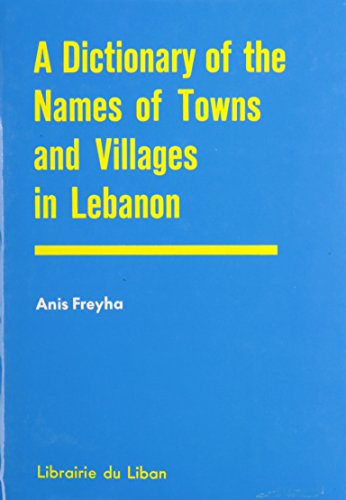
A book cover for Dictionary of the Names of Towns and Villages in Lebanon (Arabic Edition); Anis Freyha; Travel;